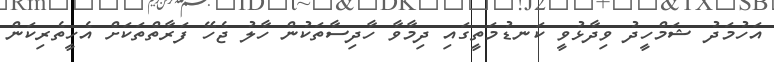
އަހުމަދު ޝަމްހީދު ވިދާޅުވީ ކަނޑުމަތީގައި ދިމާވާ ހާދިސާތަކުން ހާލު ޖެހޭ ފަރާތްތަކަށް އެހީތެރިކަން